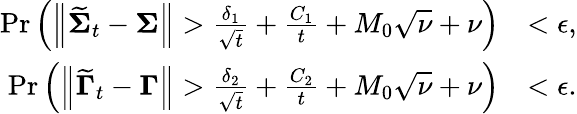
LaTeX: \begin{array}{rl}{\mathrm{Pr}\left(\left\| \widetilde{\boldsymbol{\Sigma}}_{t}-\boldsymbol{\Sigma}\right\| >\frac{\delta_{1}}{\sqrt{t}}+\frac{C_{1}}{t}+M_{0}\sqrt{\nu}+\nu\right)}&{<\epsilon,}\\ {\mathrm{Pr}\left(\left\| \widetilde{\boldsymbol{\Gamma}}_{t}-\boldsymbol{\Gamma}\right\| >\frac{\delta_{2}}{\sqrt{t}}+\frac{C_{2}}{t}+M_{0}\sqrt{\nu}+\nu\right)}&{<\epsilon.}\end{array}